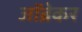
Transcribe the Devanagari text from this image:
जॉब्रेकर